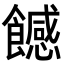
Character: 𩞿